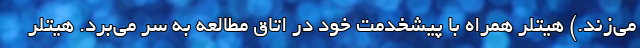
می‌زند.) هیتلر همراه با پیشخدمت خود در اتاق مطالعه به سر می‌برد. هیتلر